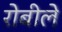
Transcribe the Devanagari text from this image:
रोबीले